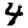
Digit: 4